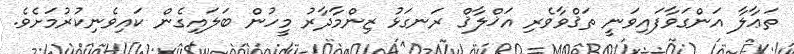
ތަޢާލާ އަންގަވާފައިވަނީ ތަޤްވާވެރި އަޚްލާޤް ރަނގަޅު ޒިންމާދާރު މީހުން ބަލައިގެން ކައިވެނިކުރުމަށެވެ.